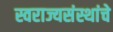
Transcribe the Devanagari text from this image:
स्वराज्यसंस्थांचे